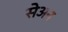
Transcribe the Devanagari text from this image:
सेअन